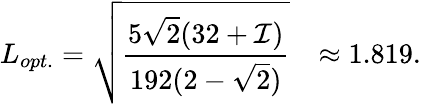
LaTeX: L_{opt.}=\sqrt{\frac{5\sqrt{2}(32+{\cal I})}{192(2-\sqrt{2})}}~~~\approx 1.819.